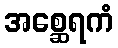
အစ္ဆေရကံ